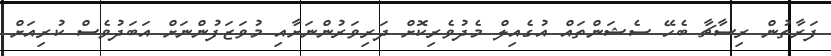
ފަރާތުން ރިސާޗާ ބެހޭ ސެޝަންތައް އުގެއިލް މެދުވެރިކޮށް ދަރިވަރުންނަށާއި މުވަޒަފުންނަށް އަބަދުވެސް ކުރިއަށް